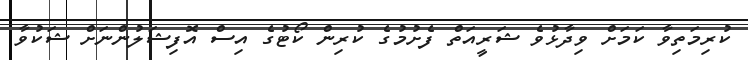
ކުރިމަތިވާ ކަމަށް ވިދާޅުވެ ޝަރީއަތް ފެށުމުގެ ކުރިން ކޯޓުގެ އިސް އޮފިޝަލުންނަށް ޝަކުވާ